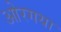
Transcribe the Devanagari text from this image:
ओरगया